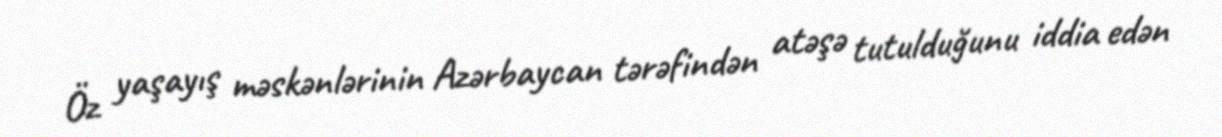
Öz yaşayış məskənlərinin Azərbaycan tərəfindən atəşə tutulduğunu iddia edən